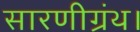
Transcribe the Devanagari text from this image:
सारणीग्रंथ।